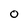
Character: O